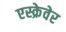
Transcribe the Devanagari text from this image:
एस्क्रेवेर